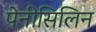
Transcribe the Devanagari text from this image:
पेनीसिलिन